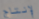
لإنتاج